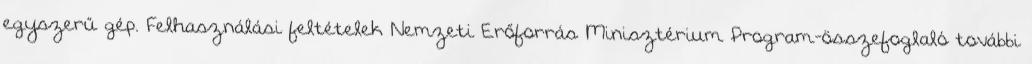
egyszerű gép. Felhasználási feltételek Nemzeti Erőforrás Minisztérium Program-összefoglaló további